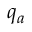
q _ { a }